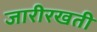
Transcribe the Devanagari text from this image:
जारीरखती